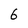
Character: 6